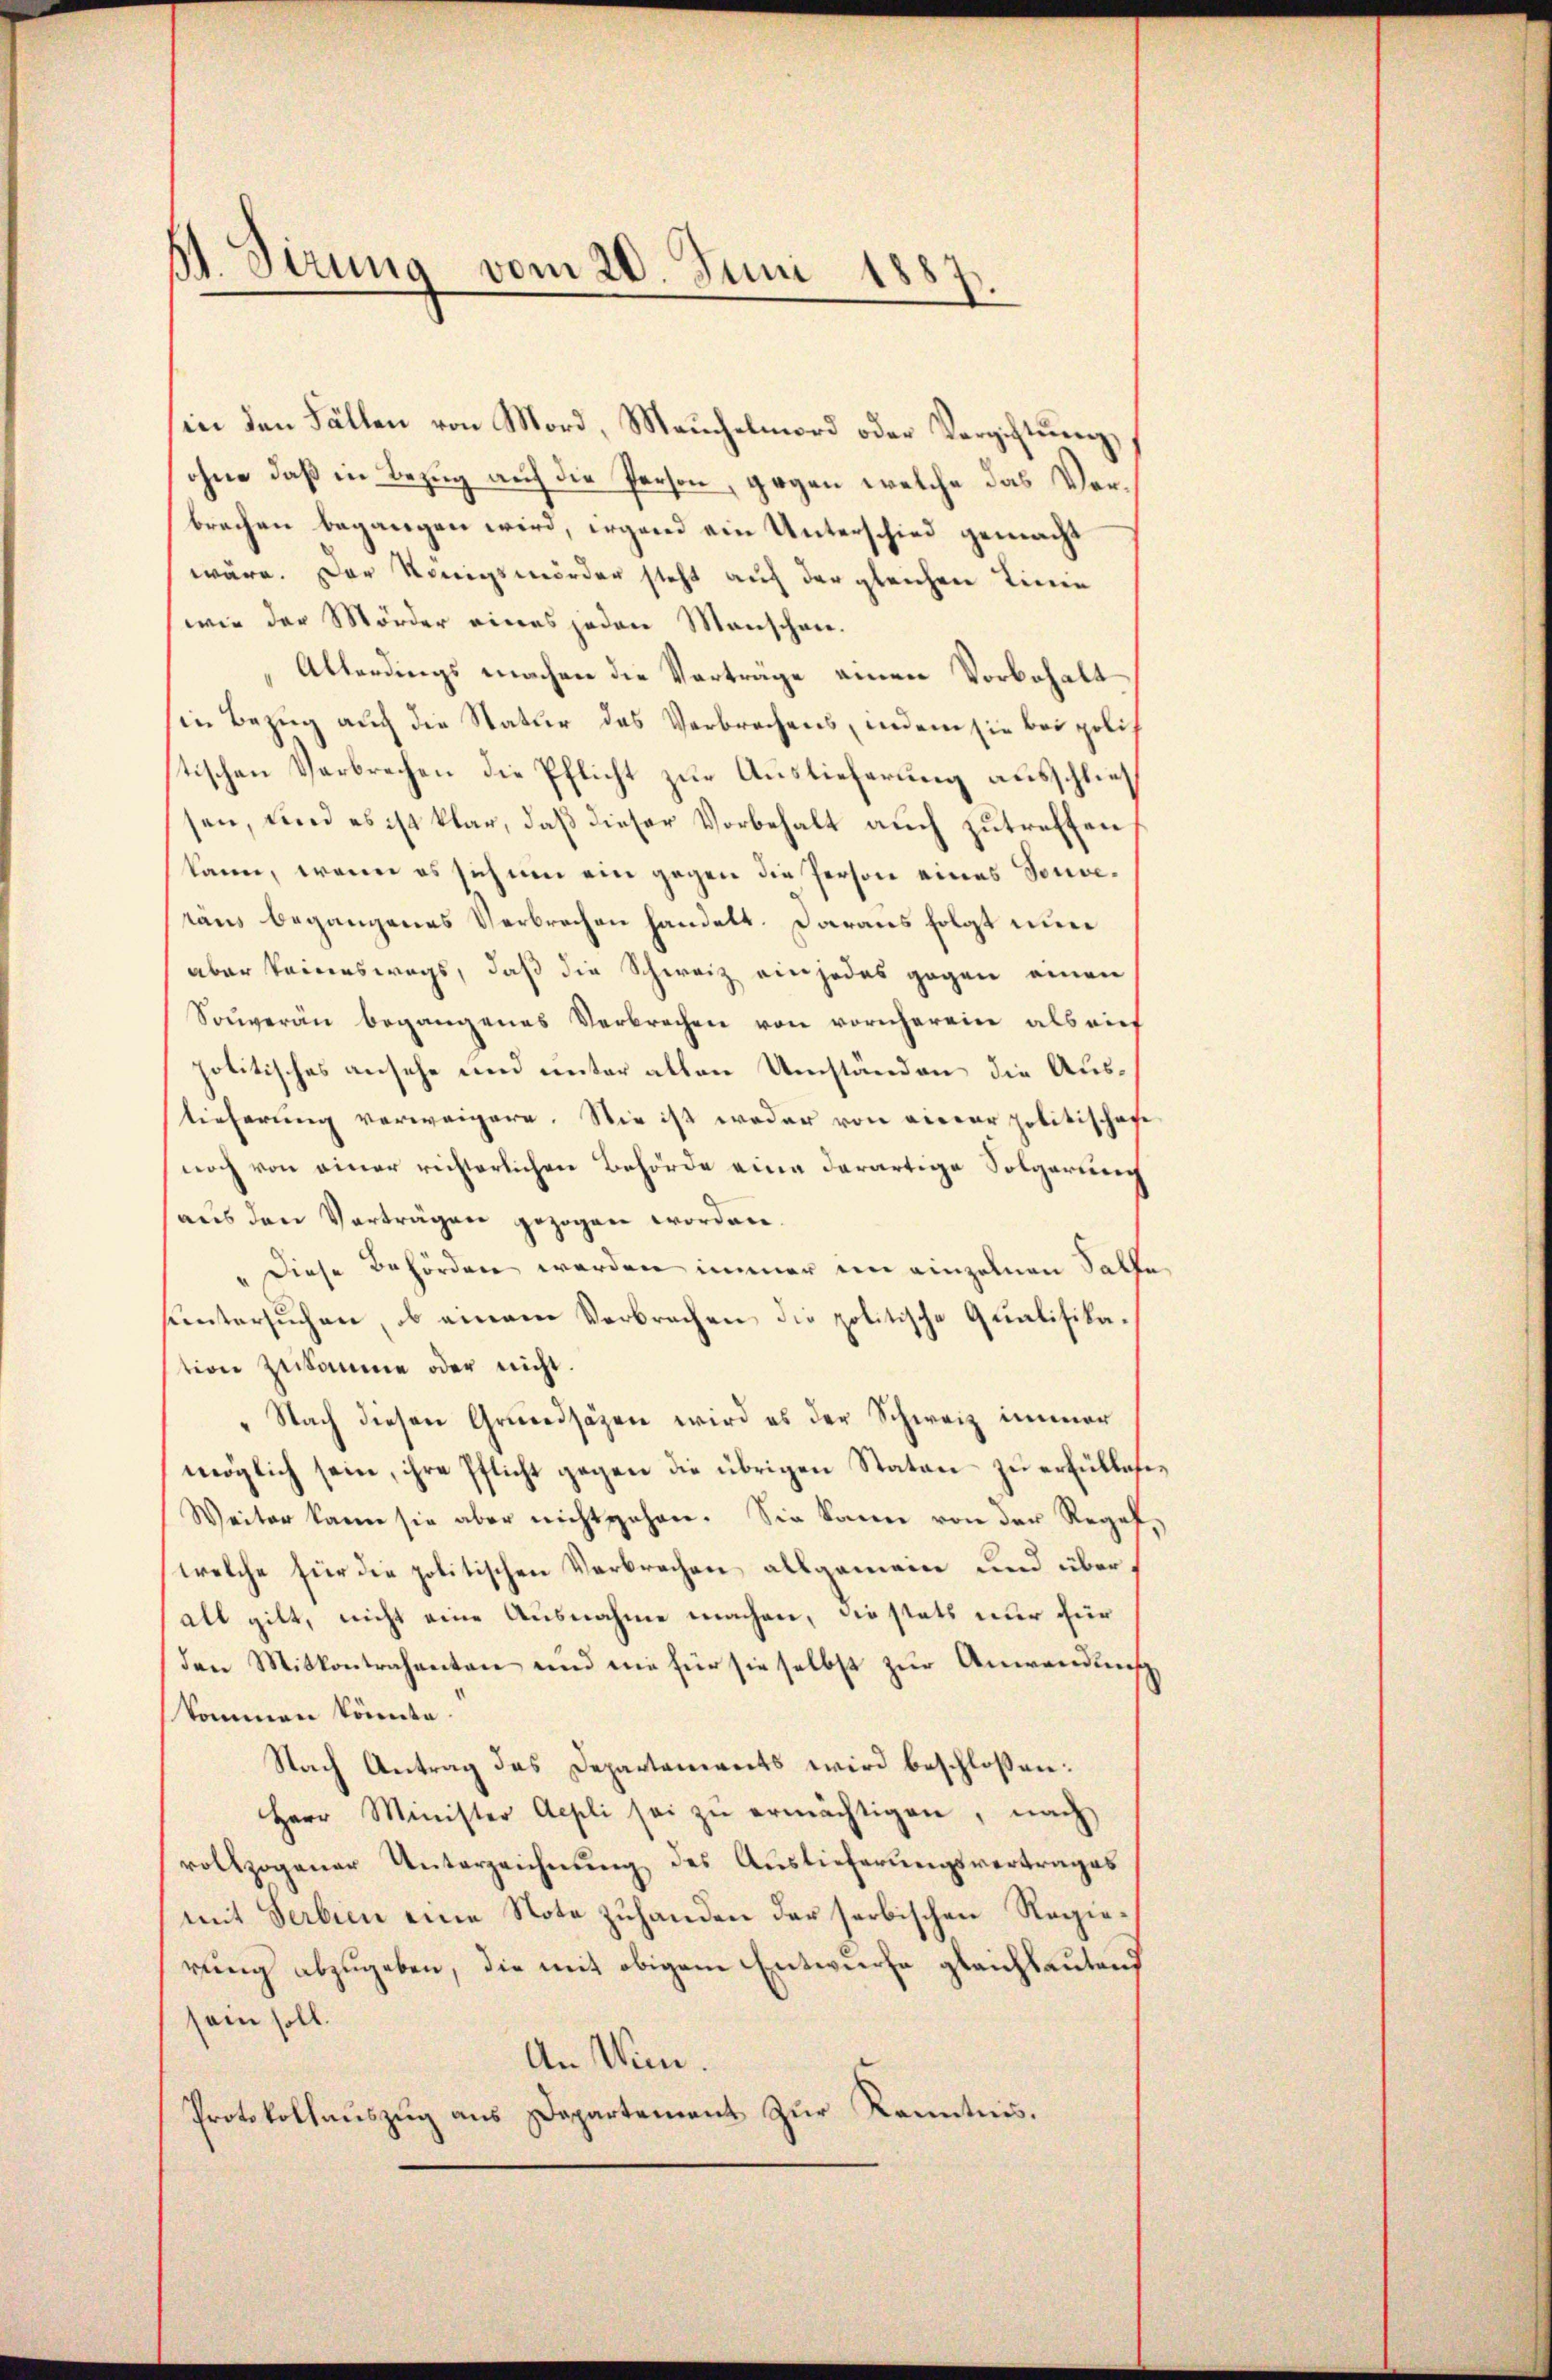
A. Sitzung vom 20. Juni 1887.

in den Fällen von Mord, Meuchelmord oder Vergiftung,
ohne daß in Bezug auf die Person, gegen welche das Verbrechen begangen wird, irgend ein Unterschied gemacht
wäre. Der Königsmörder steht auf der gleichen Linie
wie der Mörder eines jeden Menschen.
Allerdings machen die Vorträge einen Vorbehalt
in Bezug auch die Natur das Verbrechens, indem sie bei gelis
tischen Verbrechen die Pflicht zur Auslieferung ausschließ
sen, und es ist klar, daß dieser Vorbehalt auch zutreffen
kann, wenn es sich um ein gegen die Person eines Souveraus begangenes Verbrechen handelt. Daraus folgt nun
aber keineswegs, daß die Schweiz ein jedes gegen einen
Souveran begangenes Verbrechen von vornherein als auf
politisches ansehe und unter allen Umständen die Austieferung verweigere. Sie ist weder von vierer politischen
noch von einer richterlichen Behörde eine darartige Solgaring
aus den Verträgen gezogen worden.
" Diese Behörden werden immer im einzelnen Salle
huntersuchen, ob einem Verbrechen die politische Qualifikation zukomme oder nicht.
" Nach diesen Grundsätzen wird es der Schweiz immer
möglich sein, ihre Pflicht gegen die übrigen Staten zu erfüllete,
Weiter kann sie aber nicht gehen. Sie kann von der Regelwelche für die politischen Verbrechen allgemein und überalt gilt, nicht eine Ausnahme machen, die stets nur für
den Mitkontrahenten und nie für sie selbst zur Anwendung,
kommen könnte.
Nach Antrag des Departements wird beschloßen:
Herr Minister Aepli sei zŭ ermächtigen, nach
vollzogener Unterzeichnung des Auslieferungsvertrages
mit Serbien eine Note zuhanden der serbischen Regierung abzugeben, die mit obigem Entwurfe gleichlautend
sein soll.
An Wien.
Protokollauszug aus Departement zur Kenntnis.